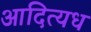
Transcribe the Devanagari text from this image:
आदित्यध